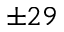
\pm 2 9